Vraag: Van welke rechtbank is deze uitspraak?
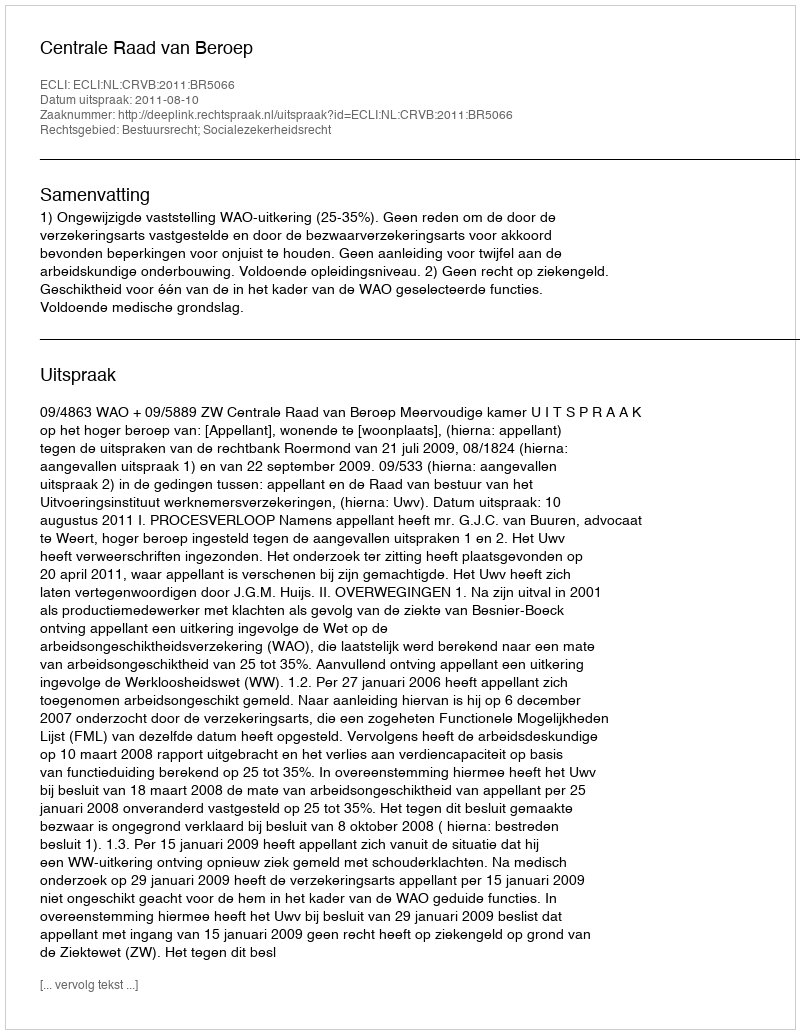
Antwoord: Centrale Raad van Beroep